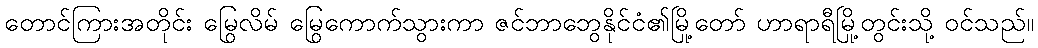
တောင်ကြားအတိုင်း မြွေလိမ် မြွေကောက်သွားကာ ဇင်ဘာဘွေနိုင်ငံ၏မြို့တော် ဟာရာရီမြို့တွင်းသို့ ဝင်သည်။